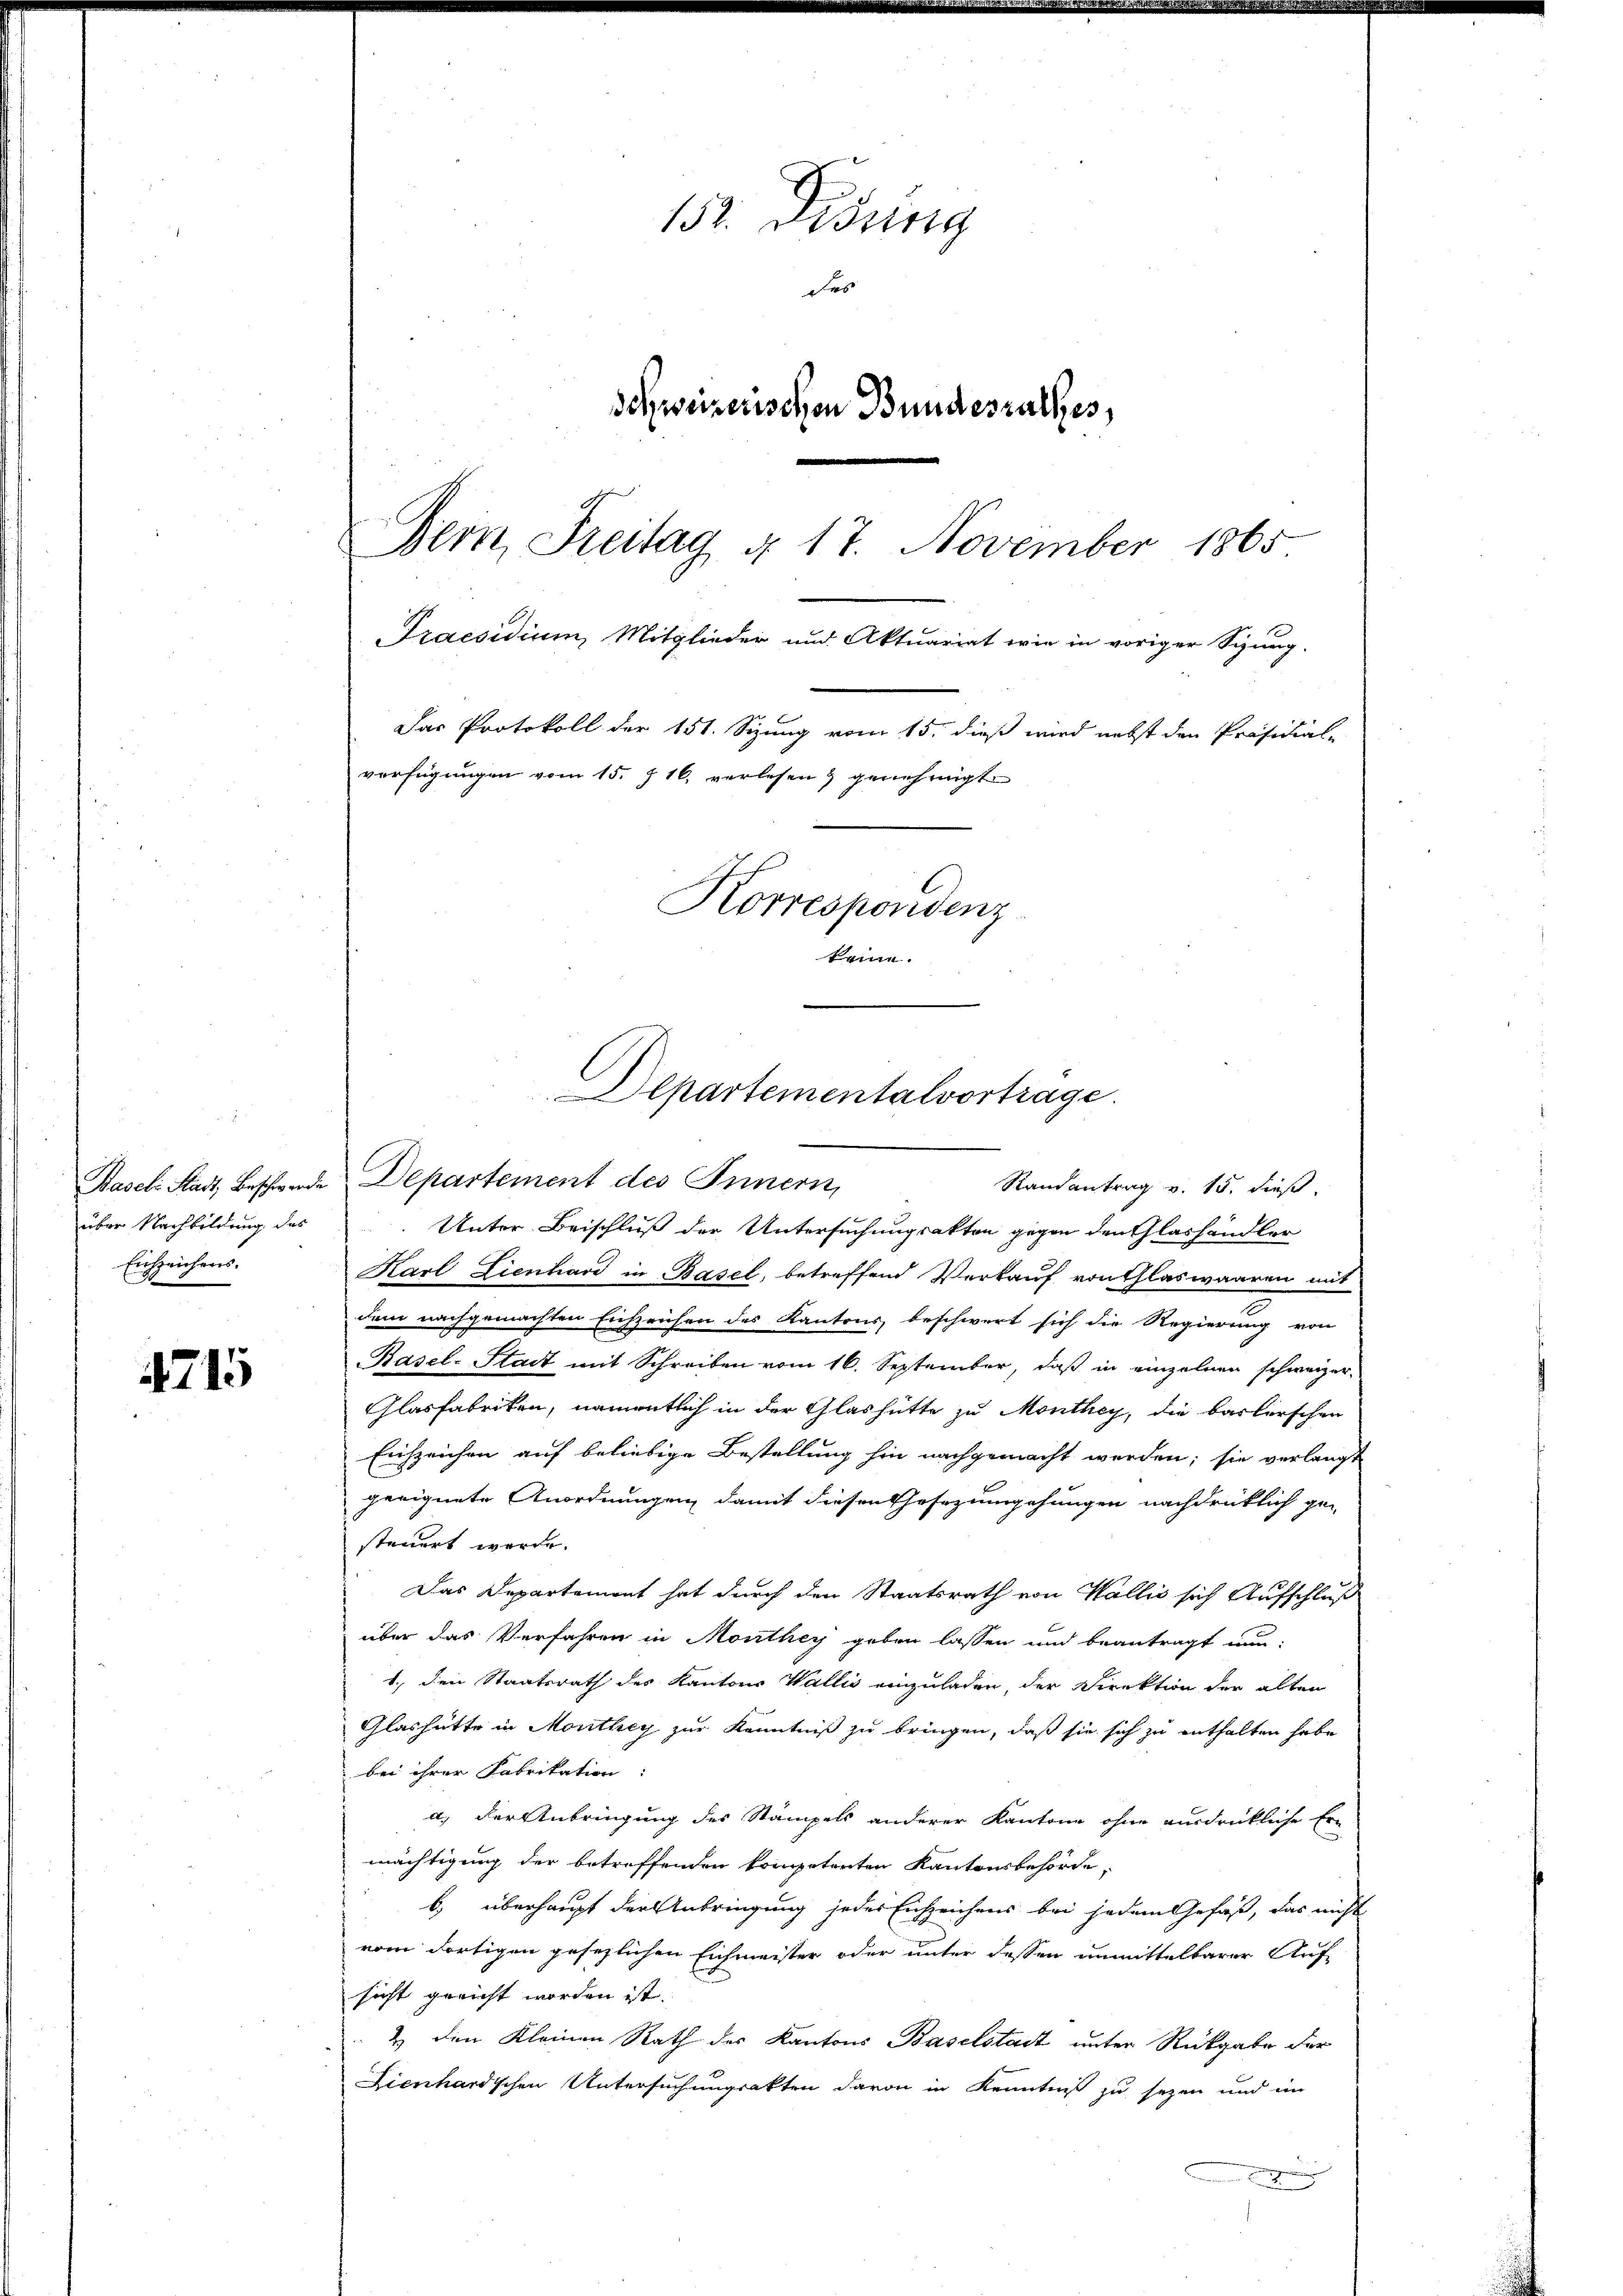
Eichzeichers.

715

152. Disung
des
Schweizerischon Bundesrathes,
Bern, Freitag d. 17. November 1865

Das Protokoll der 151. Sizung vom 15. dieß wird nebst den Präsidial-
verfügungen vom 15. 716. verlesen & genehmigt

Praesidium, Mitglieder und Aktuariat wie in voriger Sihung.

C
Korrespondenz
keinen.

Departementalvortrage.
Randantrag v. 15. dieß

Basel Stadt, Beschwerde Departement des Innern,
über Nachbildung des Unter Beischluß der Untersuchungsakten gegen den Glashändler
Karl Lienhard in Basel, betreffend Verkauf von Glaswaaren mit
dem nachgemachten Eichzeichen des Kantons, beschwert sich die Regierung von
Basel-Stadt mit Schreiben vom 16. September, daß in einzelnen schweizer-
Glasfabriken, namentlich in der Glashütte zu Monthey, die barberschen
Eichzeichen auf beliebige Bestellung hin nachgemacht werden; sie verlangt
geeignete Anordnungen damit diesen Gesezumgehungen nachdrücklich ge-
steuert werde.
Das Departement hat durch den Staatsrath von Wallis sich Aufschluß
über das Verfahren in Monthey geben lassen und beantragt nun-
1., den Staatsrath des Kantons Wallis einzuladen, der Direktion der alten
Glashütte in Monthey zur Kenntniß zu bringen, daß sie sich zu enthalten habe
bei ihrer Fabrikation
a.) Der Anbringung des Stampels anderer Kantone ohne ausdrückliche Er-
mächtigung der betreffenden kompetenten Kantonsbehörde
b) überhaupt der Anbringung jedes Enzzeichens bei jedem Gefäß, das nicht
vom dortigen gesezlichen Eichmeister oder unter dessen unmittelbarer Auf-
sicht gericht worden ist.
2) den Kleinen Rath der Kantons Baselstadt unter Rückgabe der
Lienhardschen Untersuchungsakten davon in Kenntniß zu sezen und im